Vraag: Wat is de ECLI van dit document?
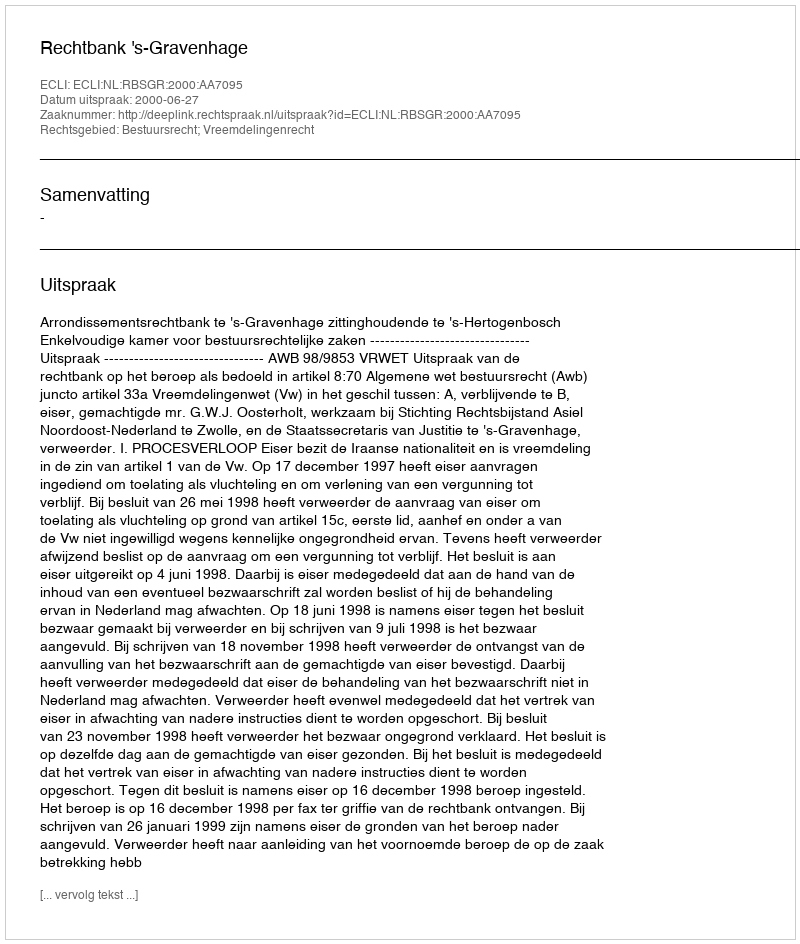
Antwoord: ECLI:NL:RBSGR:2000:AA7095